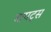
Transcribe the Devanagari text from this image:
बापट्स